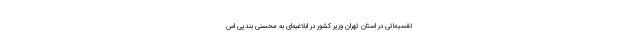
تقسیماتی در استان تهران وزیر کشور در ابلاغیه‌ای به محسنی بندپی اس